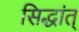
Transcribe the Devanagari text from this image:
सिद्धांत्‌